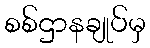
စစ်ဌာနချုပ်မှ